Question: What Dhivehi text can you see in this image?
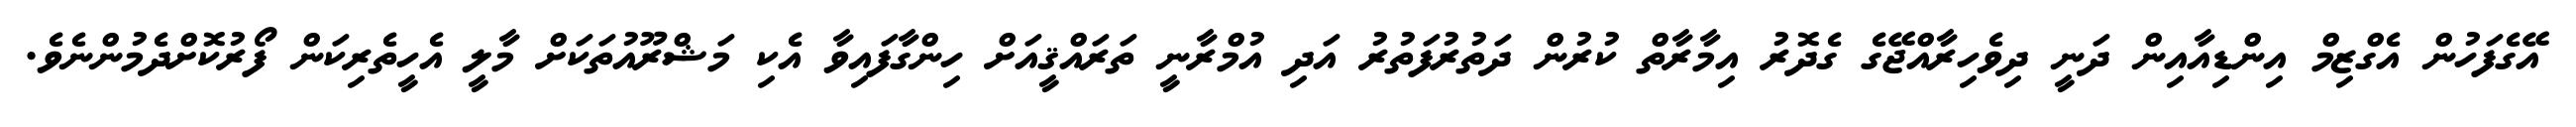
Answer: އޭގެފަހުން އެގްޒިމް އިންޑިއާއިން ދަނީ ދިވެހިރާއްޖޭގެ ގެދޮރު އިމާރާތް ކުރުން ދަތުރުފަތުރު އަދި އުމްރާނީ ތަރައްޤީއަށް ހިންގާފައިވާ އެކި މަޝްރޫއުތަކަށް މާލީ އެހީތެރިކަން ފޯރުކޮށްދެމުންނެވެ.